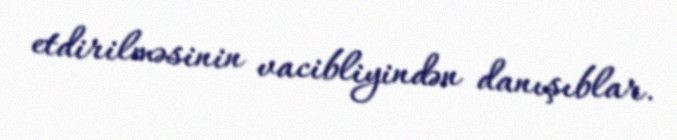
etdirilməsinin vacibliyindən danışıblar.